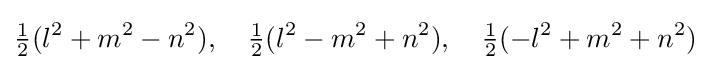
{\tfrac {1}{2}}(l^{2}+m^{2}-n^{2}),\quad {\tfrac {1}{2}}(l^{2}-m^{2}+n^{2}),\quad {\tfrac {1}{2}}(-l^{2}+m^{2}+n^{2})